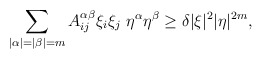
\begin{align*} \sum_{|\alpha|=|\beta|=m}A^{\alpha\beta}_{ij} \xi_i\xi_j\ \eta^\alpha\eta^\beta\ge \delta |\xi|^2|\eta|^{2m},\end{align*}